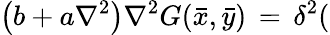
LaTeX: \left(b+a\nabla^{2}\right)\nabla^{2}G(\bar{x},\bar{y})\, =\, \delta^{2}(